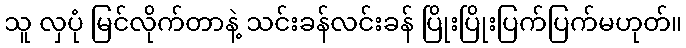
သူ လှပုံ မြင်လိုက်တာနဲ့ သင်းခန်လင်းခန် ပြိုးပြိုးပြက်ပြက်မဟုတ်။